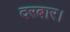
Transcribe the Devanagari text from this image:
दरबार।